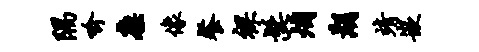
隅喻廪像餐裸髭烟湖靖嵌